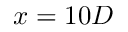
x = 1 0 D